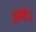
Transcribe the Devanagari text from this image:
ज्ज्ये।